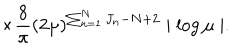
LaTeX: \times \frac { 8 } { \pi } ( 2 \mu ) ^ { \sum _ { n = 1 } ^ { N } J _ { n } - N + 2 } \mid \log \mu \mid .